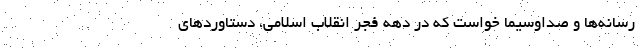
رسانه‌ها و صداوسیما خواست که در دهه فجر انقلاب اسلامی، دستاوردهای